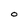
Character: O